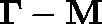
\mathbf { \Gamma } - \mathbf { M }